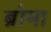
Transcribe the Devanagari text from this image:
ब्रोमा